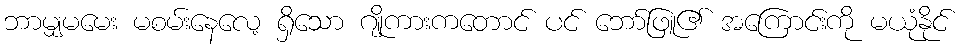
ဘာမျှမမေး မစမ်းနေလေ့ ရှိသော ဂျိုကားကတောင် ပင် ဘော်ဖြူ၏ အကြောင်းကို မယုံနိုင်